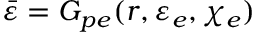
\bar { \varepsilon } = G _ { p e } ( r , \varepsilon _ { e } , \chi _ { e } )